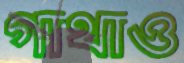
গাথাও